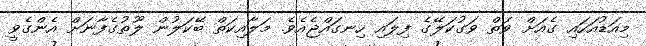
މިއަޑުއަހައި ގެއަށް ވަތް ވަގުކަލޭގެ ފިލައި ހިނގައްޖެއެވެ. މަލާއިކަތް ބޭކަލުން ލޫޠުގެފާނަށް އެންގެވީ